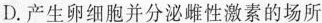
D.产生卵细胞并分泌雌性激素的场所